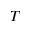
T